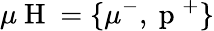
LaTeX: \mu\mathrm{~H~}=\lbrace\mu^{-},\mathrm{~p~}^{+}\rbrace